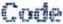
CODE